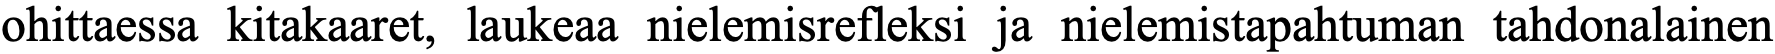
ohittaessa kitakaaret, laukeaa nielemisrefleksi ja nielemistapahtuman tahdonalainen